Leaving Certificate Examination (including Day School Certificate (Higher) General paper), 1936
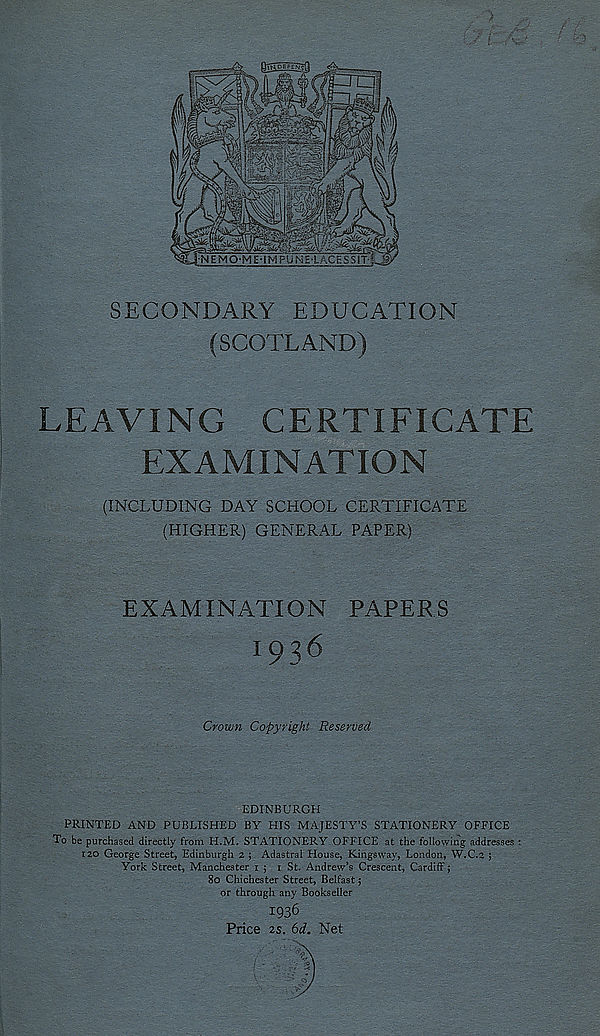
SECONDARY EDUCATION
(SCOTLAND)
LEAVING CERTIFICATE
EXAMINATION
(INCLUDING DAY SCHOOL CERTIFICATE
(HIGHER) GENERAL PAPER)
EXAMINATION PAPERS
1936
Crown Copyright Reserved
EDINBURGH
PRINTED AND PUBLISHED BY HIS MAJESTY’S STATIONERY OFFICE
To be purchased directly from H.M. STATIONERY OFFICE at the following addresses r.
120 George Street, Edinburgh 2 ; Adastral House, Kingsway, London, W.C.2 ;
York Street, Manchester 15 1 St. Andrew’s Crescent, Cardiff;
80 Chichester Street, Belfast;
or through any Bookseller
1936
Price as. 6d. Net